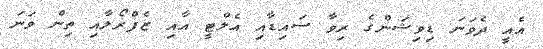
އެއީ ދެވަނަ ޑިވިޝަންގެ ރިވާ ސައިޑާއި އެލްޓީ އާއި ޒެފްރޯލާއި ތިން ވަނަ